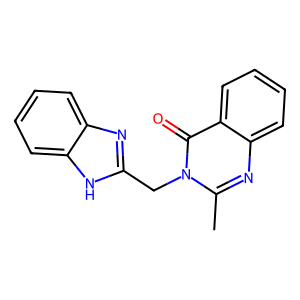
SMILES: Cc1nc2ccccc2c(=O)n1Cc1nc2ccccc2[nH]1
Inhibits HIV replication: No